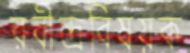
রবীন্দ্রবিষয়ক